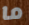
ما